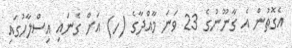
އެގޮތުން އެ ގާނޫނުގެ 23 ވަނަ މާއްދާގެ (ހ) އަށް ގެނައި އިސްލާހުގައި